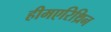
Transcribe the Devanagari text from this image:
हीमएरिथ्रिन